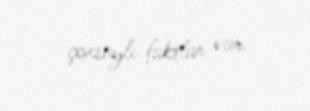
çoxsaylı faktlar var.